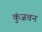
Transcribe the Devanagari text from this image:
कुंजवन